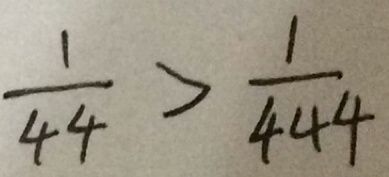
\frac { 1 } { 4 4 } > \frac { 1 } { 4 4 4 }